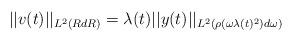
LaTeX: \begin{align*} ||v(t)||_{L^{2}(R dR)} = \lambda(t) ||y(t)||_{L^{2}(\rho(\omega \lambda(t)^{2})d\omega)}\end{align*}